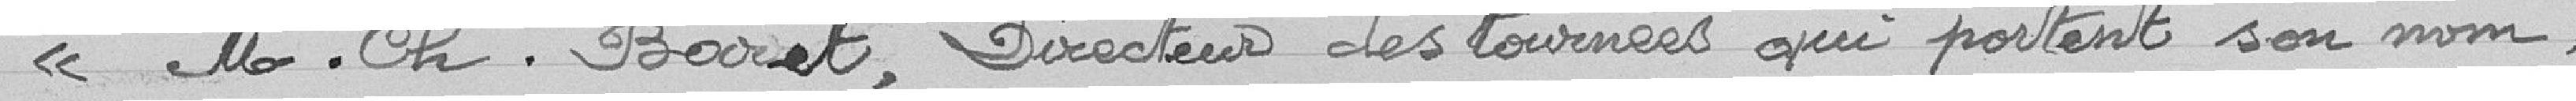
" Monsieur Ch. Baret, directeur des tournées qui portent son nom,